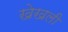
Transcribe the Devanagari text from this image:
खेखली